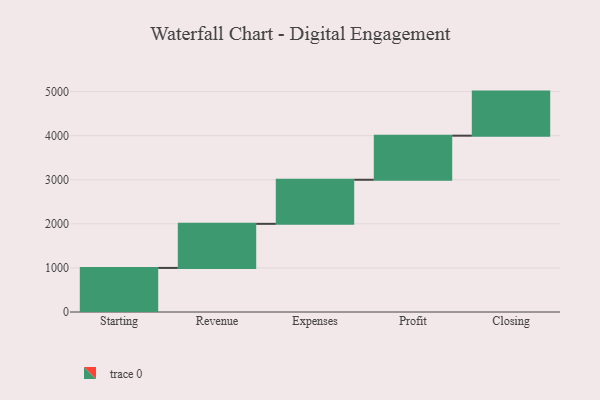
{"axis": {"x": "Step", "y": "Value"}, "legend": [""], "data": [{"x": "Starting", "y": 1000, "type": ""}, {"x": "Revenue", "y": 1000, "type": ""}, {"x": "Expenses", "y": 1000, "type": ""}, {"x": "Profit", "y": 1000, "type": ""}, {"x": "Closing", "y": 1000, "type": ""}]}